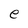
Character: e